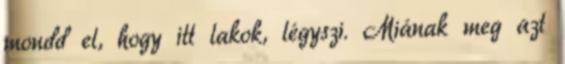
mondd el, hogy itt lakok, légyszi. Miának meg azt